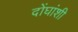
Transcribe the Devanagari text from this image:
दोंघांशी